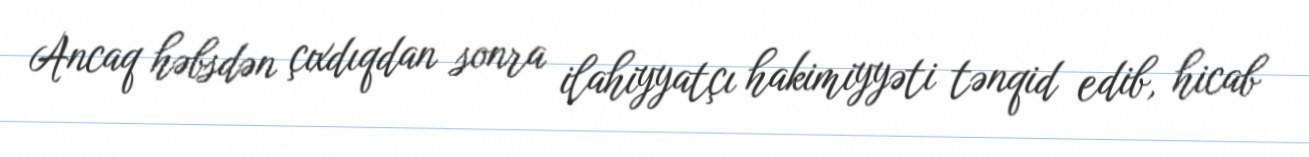
Ancaq həbsdən çıxdıqdan sonra ilahiyyatçı hakimiyyəti tənqid edib, hicab